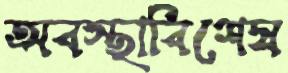
অবস্থাবিশেষ